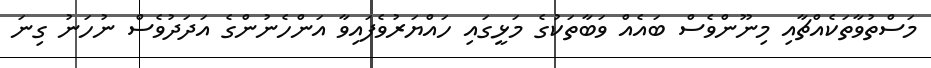
މަސްތުވާތަކެއްޗާއި މިނޫންވެސް ބައެއް ވަބާތަކުގެ މަޅީގައި ހައްޔަރުވެފައިވާ އަންހެނުންގެ އަދަދުވެސް ނުހަނު ގިނަ